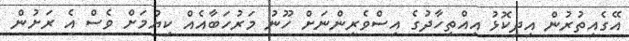
އޭގެއިތުރުން އިދިކޮޅު އިއްތިހާދުގެ އިސްވެރިންނަށް ހޫނު މަރުހަބާއެއް ކިޔުމަށް ވެސް އެ ރަށުން